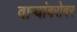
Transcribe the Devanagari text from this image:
वाऱ्यांबरोबर